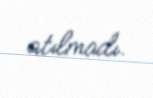
atılmadı.